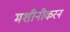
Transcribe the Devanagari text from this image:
मशीनीकरन